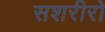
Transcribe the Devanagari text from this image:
सशरीरो